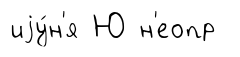
иjу́н'я Ю н'еопр